Physiological action of certain drugs in tablet form - Number 52A
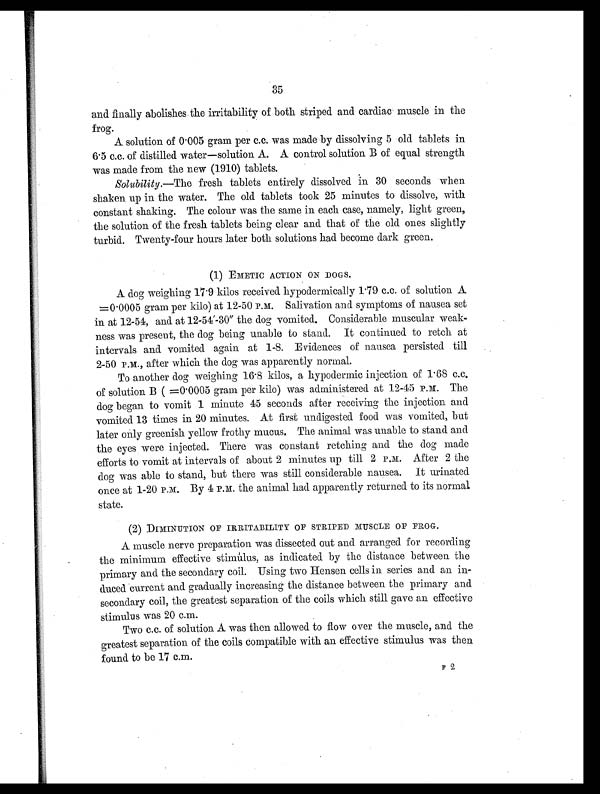
35
and finally abolishes the irritability of both striped and cardiac muscle in the
frog.
A solution of 0.005 gram per c.c. was made by dissolving 5 old tablets in
6.5 c.c. of distilled water—solution A. A control solution B of equal strength
was made from the new (1910) tablets.
Solubility .—The fresh tablets entirely dissolved in 30 seconds when
shaken up in the water. The old tablets took 25 minutes to dissolve, with
constant shaking. The colour was the same in each case, namely, light green,
the solution of the fresh tablets being clear and that of the old ones slightly
turbid. Twenty-four hours later both solutions had become dark green.
(1) EMETIC ACTION ON DOGS.
A dog weighing 17.9 kilos received hypodermically 1.79 c.c. of solution A.
=0.0005 gram per kilo) at 12-50 P.M. Salivation and symptoms of nausea set
in at 12-54, and at 12-54'-30" the dog vomited. Considerable muscular weak
- n e s s w a s p r e s e n t , t h e d o g b e i n g u n a b l e t o s t a n d . I t c o n t i n u e d t o r e t c h a t
intervals and vomited again at 1-8. Evidences of nausea persisted till
2-50 P.M. after which the dog was apparently normal.
To another dog weighing 16.8 kilos, a hypodermic injection of 1.6S c.c.
of solution B =0.0005 gram per kilo) was administered at 12-45 P.M. The
dog began to vomit 1 minute 45 seconds after receiving the injection and
vomited 13 times in 20 minutes. At first undigested food was vomited, but
later only greenish yellow frothy mucus. The animal was unable to stand and
the eyes were injected. There was constant retching and the dog made
efforts to vomit at intervals of about 2 minutes up till 2 P.M. After 2 the
dog was able to stand, but there was still considerable nausea. It urinated.
once at 1-20 P.M. By 4 P.M. the animal had apparently returned to its normal
state.
(2) DIMINUTION OF IRRITABILITY OF STRIPED MUSCLE OF FROG.
A muscle nerve preparation was dissected out and arranged for recording
the minimum effective Stimulus, as indicated by the distance between the
primary and the secondary coil. Using two Hensen cells in series and an in
- d u c e d c u r r e n t a n d g r a d u a l l y i n c r e a s i n g t h e d i s t a n c e b e t w e e n t h e p r i m a r y a n d
secondary coil, the greatest separation of the coils which still gave an effective
stimulus was 20 c.m.
Two c.c. of solution A was then allowed to flow over the muscle, and the
greatest separation of the coils compatible with an effective stimulus was then
found to be 17 c.m.
F2